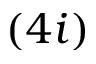
( 4 i )